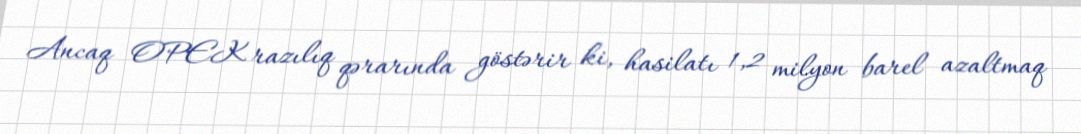
Ancaq OPEK razılıq qərarında göstərir ki, hasilatı 1,2 milyon barel azaltmaq